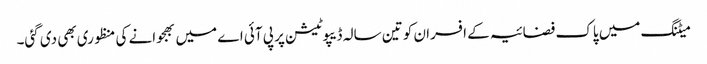
میٹنگ میں پاک فضائیہ کے افسران کو تین سالہ ڈیپوٹیشن پر پی آئی اے میں بھجوانے کی منظوری بھی دی گئی۔